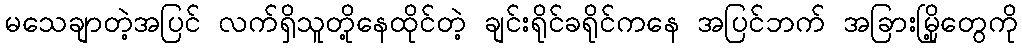
မသေချာတဲ့အပြင် လက်ရှိသူတို့နေထိုင်တဲ့ ချင်းရိုင်ခရိုင်ကနေ အပြင်ဘက် အခြားမြို့တွေကို